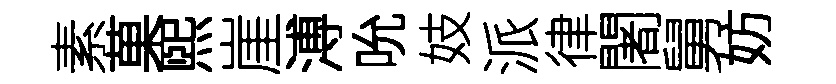
素菓煕崖溥吮妓派律闍舅妨